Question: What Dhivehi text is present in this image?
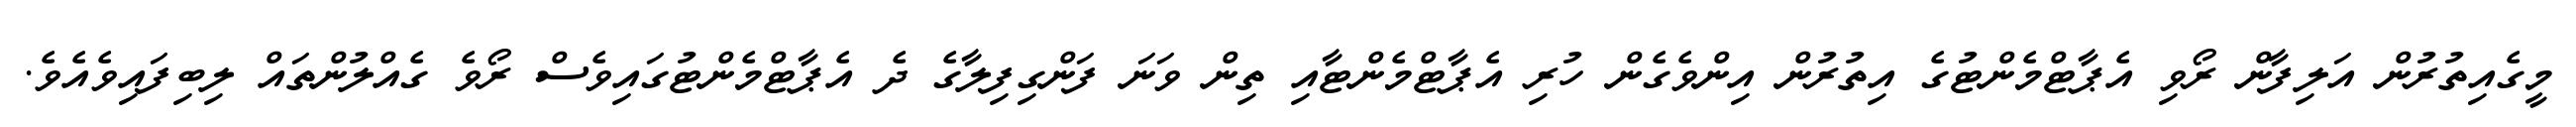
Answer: މީގެއިތުރުން އަލިފާން ރޯވި އެޕާޓްމެންޓުގެ އިތުރުން އިންވެގެން ހުރި އެޕާޓްމެންޓާއި ތިން ވަނަ ފަންގިފިލާގެ ދެ އެޕާޓްމެންޓުގައިވެސް ރޯވެ ގެއްލުންތައް ލިބިފައިވެއެވެ.